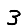
Digit: 3